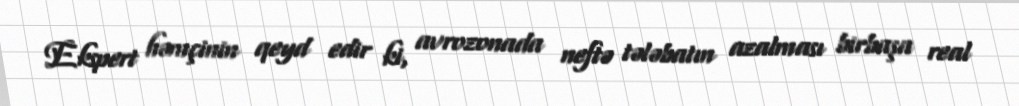
Ekspert həmçinin qeyd edir ki, avrozonada neftə tələbatın azalması birbaşa real